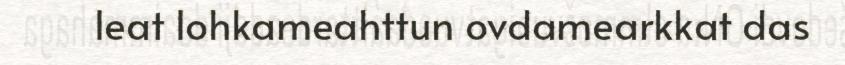
leat lohkameahttun ovdamearkkat das